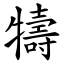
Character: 㹗